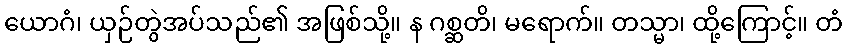
ယောဂံ၊ ယှဉ်တွဲအပ်သည်၏ အဖြစ်သို့။ န ဂစ္ဆတိ၊ မရောက်။ တသ္မာ၊ ထို့ကြောင့်။ တံ